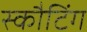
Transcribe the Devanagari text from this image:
स्कौटिंग